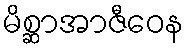
မိစ္ဆာအာဇီဝေန